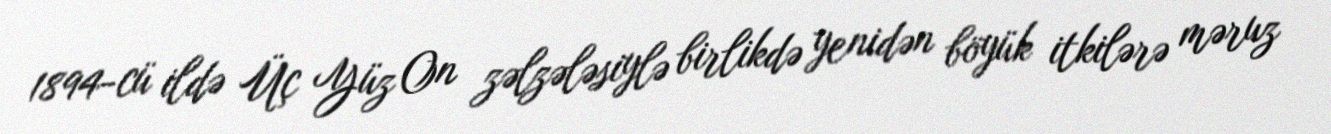
1894-cü ildə Üç Yüz On zəlzələsiylə birlikdə yenidən böyük itkilərə məruz